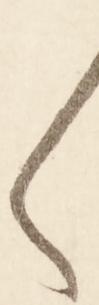
く